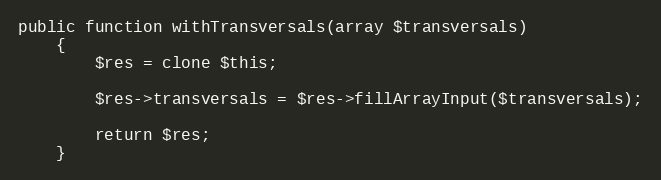
Language: PHP
public function withTransversals(array $transversals)
    {
        $res = clone $this;

        $res->transversals = $res->fillArrayInput($transversals);

        return $res;
    }